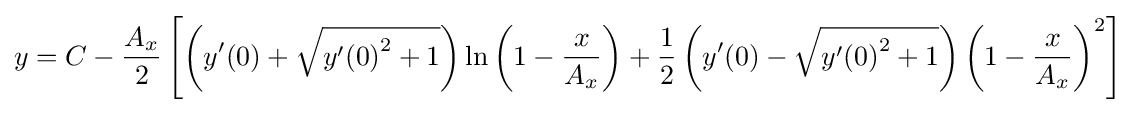
y=C-{\frac {A_{x}}{2}}\left[\left(y'(0)+{\sqrt {{y'(0)}^{2}+1}}\right)\ln \left(1-{\frac {x}{A_{x}}}\right)+{\frac {1}{2}}\left(y'(0)-{\sqrt {{y'(0)}^{2}+1}}\right)\left(1-{\frac {x}{A_{x}}}\right)^{2}\right]